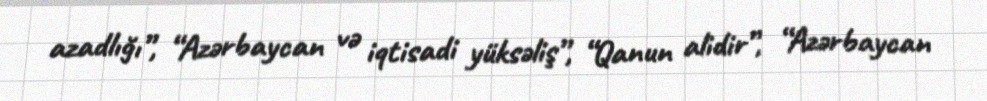
azadlığı”, “Azərbaycan və iqtisadi yüksəliş”, “Qanun alidir”, “Azərbaycan